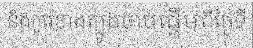
និងកូរ៉េខាងត្បូងចាប់ផ្តើមពីថ្ងៃទី